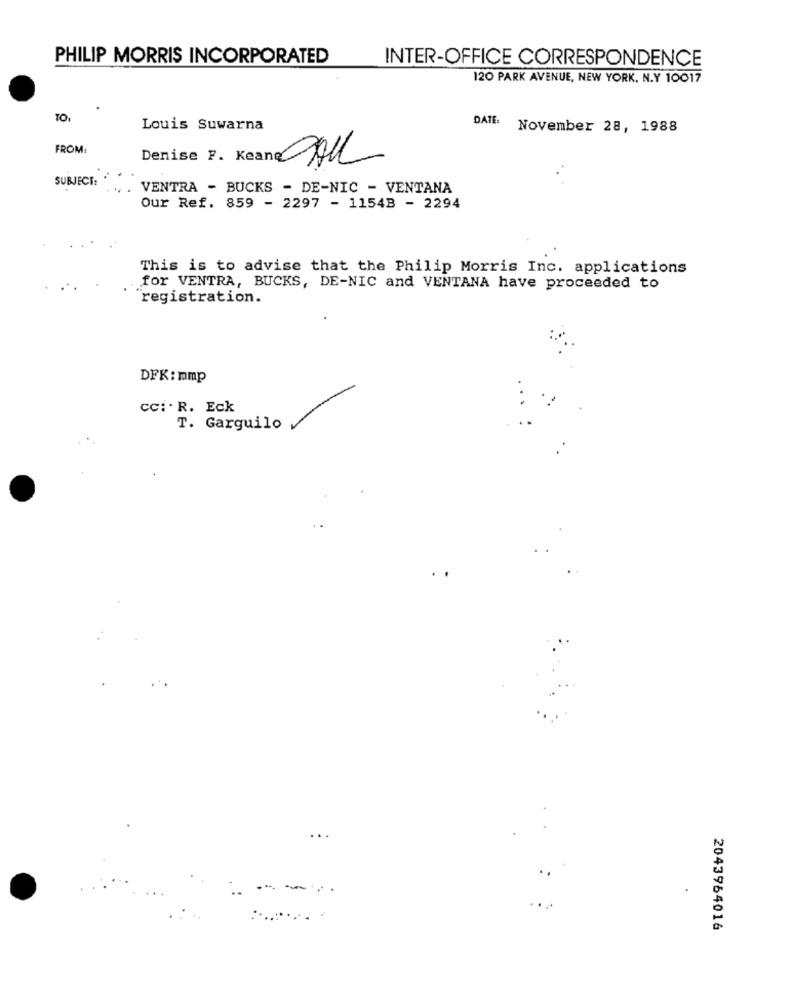
PHILIP MORRIS INCORPORATED
INTER-OFFICE CORRESPONDENCE
120 PARK AVENUE, NEW YORK, N.Y 10017
TO.
Louis Suwarna
DATE: November 28, 1988
FROM
Denise 7. Keane All
SUBJECT:
VENTRA - BUCKS - DE-NIC - VENTANA
Our Ref. 859 - 2297 - 11548 - 2294
This is to advise that the Philip Morris Inc. applications
for VENTRA, BUCKS, DE-NIC and VENTANA have proceeded to
registration.
DFK: mmp
cc: . R. Eck
T. Garguilo
...
2043964016